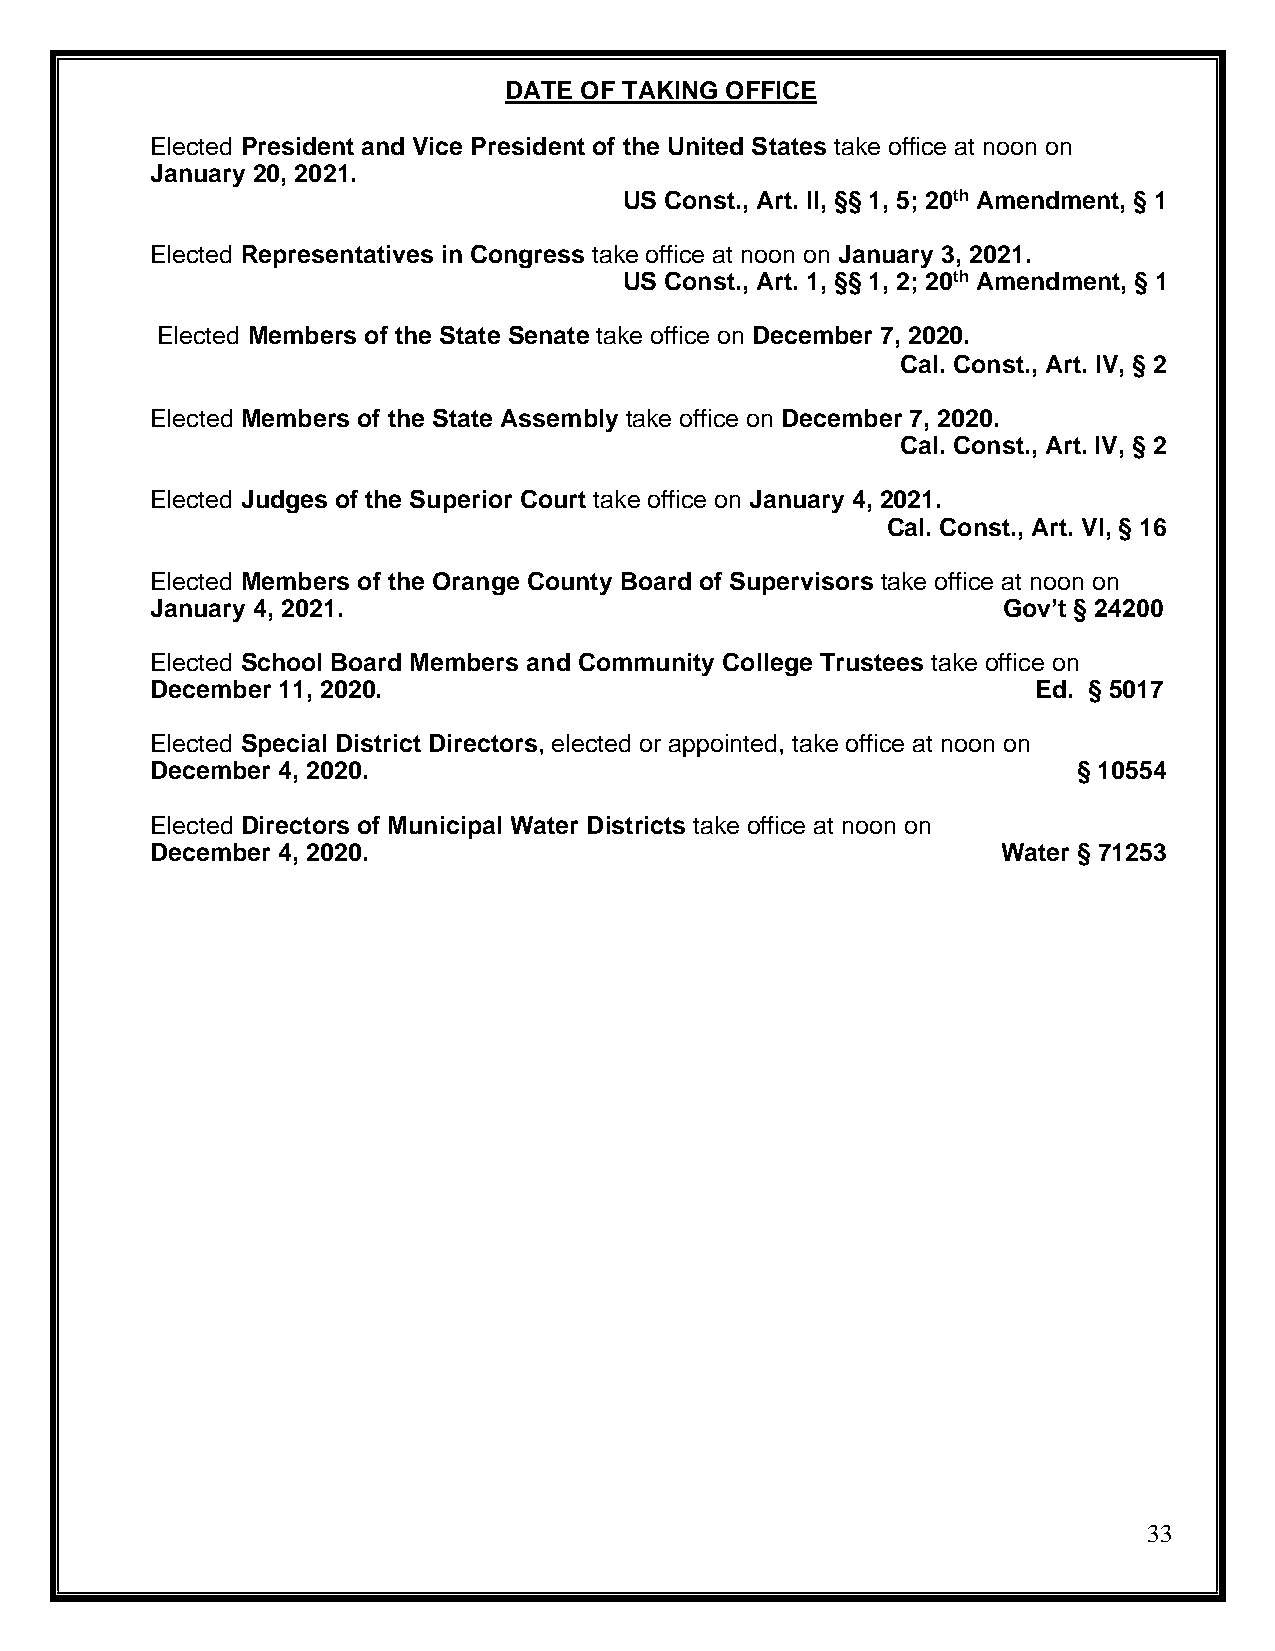
DATE OF TAKING OFFICE
 Elected President and Vice President of the United States take office at noon on
 January 20, 2021.
 US Const., Art. II, §§ 1, 5; 20th Amendment, § 1
 Elected Representatives in Congress take office at noon on January 3, 2021.
 US Const., Art. 1, §§ 1, 2; 20th Amendment, § 1
 Elected Members of the State Senate take office on December 7, 2020.
 Cal. Const., Art. IV, § 2
 Elected Members of the State Assembly take office on December 7, 2020.
 Cal. Const., Art. IV, § 2
 Elected Judges of the Superior Court take office on January 4, 2021.
 Cal. Const., Art. VI, § 16
 Elected Members of the Orange County Board of Supervisors take office at noon on
 January 4, 2021.                                        Gov’t § 24200
 Elected School Board Members and Community College Trustees take office on
 December 11, 2020.                                         Ed. § 5017
 Elected Special District Directors, elected or appointed, take office at noon on
 December 4, 2020.                                            § 10554
 Elected Directors of Municipal Water Districts take office at noon on
 December 4, 2020.                                       Water § 71253
 33